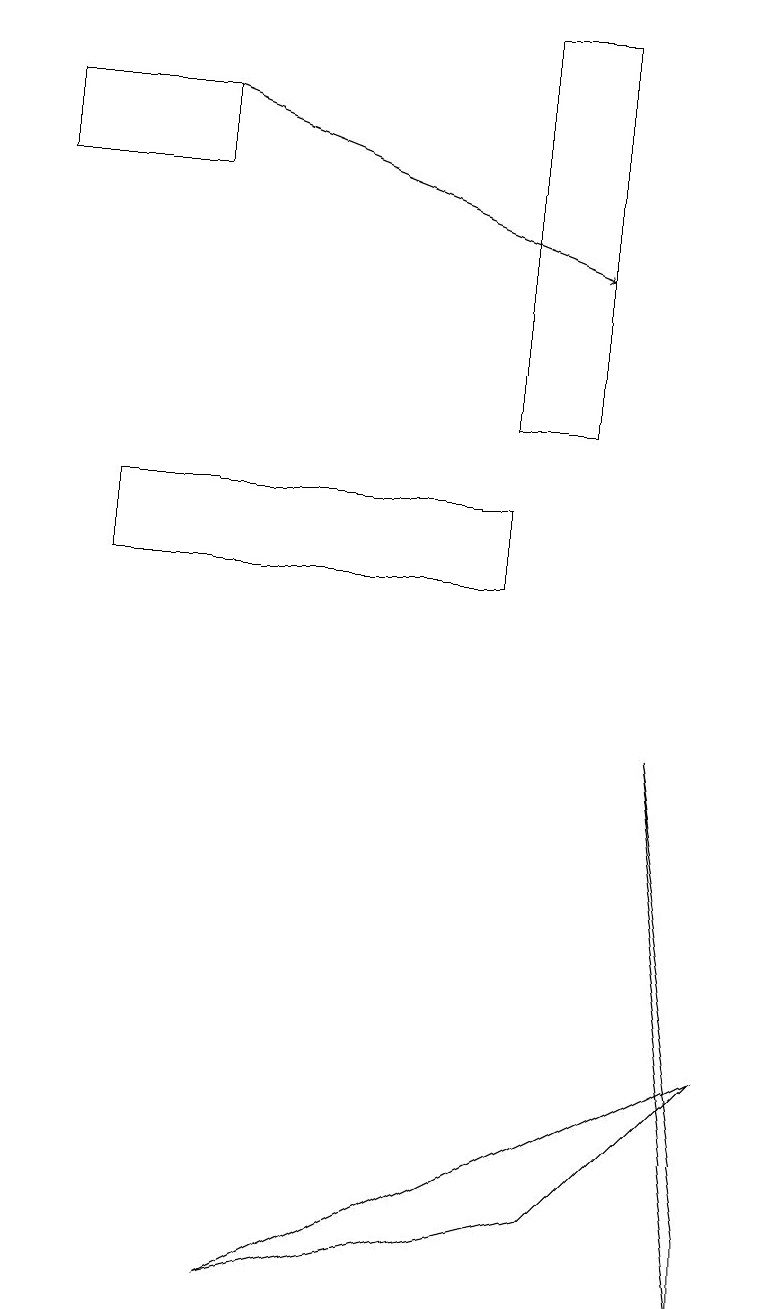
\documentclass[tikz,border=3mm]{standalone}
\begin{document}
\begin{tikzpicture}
\draw[->] (2,17) -- (7,15);
\draw (1,11) rectangle (6,12);
\draw (3,2) -- (9,5) -- (7,3) -- cycle;
\draw (6,13) rectangle (7,18);
\draw (2,17) rectangle (0,16);
\draw (9,2) -- (9,3) -- (8,9) -- cycle;
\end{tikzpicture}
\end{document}